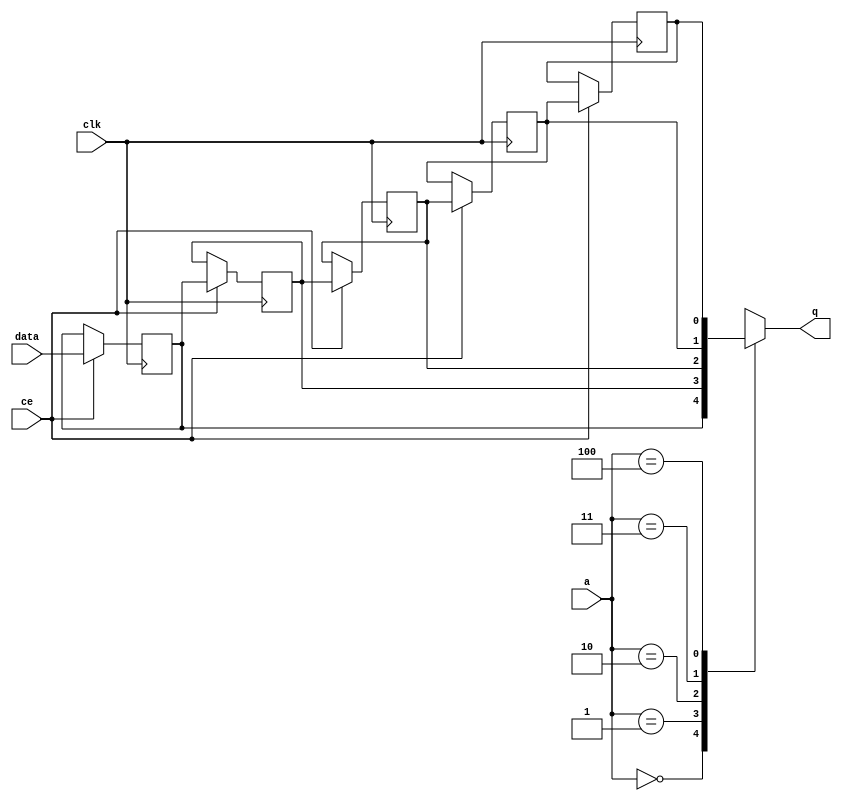
// ==============================================================
// File generated by Vivado(TM) HLS - High-Level Synthesis from C, C++ and SystemC
// Version: 2017.4.op
// Copyright (C) 1986-2018 Xilinx, Inc. All Rights Reserved.
// 
// ==============================================================


`timescale 1 ns / 1 ps

module start_for_pcie_read_resp_multiplexer_U0_shiftReg (
    clk,
    data,
    ce,
    a,
    q);

parameter DATA_WIDTH = 32'd1;
parameter ADDR_WIDTH = 32'd3;
parameter DEPTH = 32'd5;

input clk;
input [DATA_WIDTH-1:0] data;
input ce;
input [ADDR_WIDTH-1:0] a;
output [DATA_WIDTH-1:0] q;

reg[DATA_WIDTH-1:0] SRL_SIG [0:DEPTH-1];
integer i;

always @ (posedge clk)
    begin
        if (ce)
        begin
            for (i=0;i<DEPTH-1;i=i+1)
                SRL_SIG[i+1] <= SRL_SIG[i];
            SRL_SIG[0] <= data;
        end
    end

assign q = SRL_SIG[a];

endmodule

module start_for_pcie_read_resp_multiplexer_U0 (
    clk,
    reset,
    if_empty_n,
    if_read_ce,
    if_read,
    if_dout,
    if_full_n,
    if_write_ce,
    if_write,
    if_din);

parameter MEM_STYLE   = "shiftreg";
parameter DATA_WIDTH  = 32'd1;
parameter ADDR_WIDTH  = 32'd3;
parameter DEPTH       = 32'd5;

input clk;
input reset;
output if_empty_n;
input if_read_ce;
input if_read;
output[DATA_WIDTH - 1:0] if_dout;
output if_full_n;
input if_write_ce;
input if_write;
input[DATA_WIDTH - 1:0] if_din;

wire[ADDR_WIDTH - 1:0] shiftReg_addr ;
wire[DATA_WIDTH - 1:0] shiftReg_data, shiftReg_q;
wire                     shiftReg_ce;
reg[ADDR_WIDTH:0] mOutPtr = {(ADDR_WIDTH+1){1'b1}};
reg internal_empty_n = 0, internal_full_n = 1;

assign if_empty_n = internal_empty_n;
assign if_full_n = internal_full_n;
assign shiftReg_data = if_din;
assign if_dout = shiftReg_q;

always @ (posedge clk) begin
    if (reset == 1'b1)
    begin
        mOutPtr <= ~{ADDR_WIDTH+1{1'b0}};
        internal_empty_n <= 1'b0;
        internal_full_n <= 1'b1;
    end
    else begin
        if (((if_read & if_read_ce) == 1 & internal_empty_n == 1) && 
            ((if_write & if_write_ce) == 0 | internal_full_n == 0))
        begin
            mOutPtr <= mOutPtr - 1;
            if (mOutPtr == 0)
                internal_empty_n <= 1'b0;
            internal_full_n <= 1'b1;
        end 
        else if (((if_read & if_read_ce) == 0 | internal_empty_n == 0) && 
            ((if_write & if_write_ce) == 1 & internal_full_n == 1))
        begin
            mOutPtr <= mOutPtr + 1;
            internal_empty_n <= 1'b1;
            if (mOutPtr == DEPTH - 2)
                internal_full_n <= 1'b0;
        end 
    end
end

assign shiftReg_addr = mOutPtr[ADDR_WIDTH] == 1'b0 ? mOutPtr[ADDR_WIDTH-1:0]:{ADDR_WIDTH{1'b0}};
assign shiftReg_ce = (if_write & if_write_ce) & internal_full_n;

start_for_pcie_read_resp_multiplexer_U0_shiftReg 
#(
    .DATA_WIDTH(DATA_WIDTH),
    .ADDR_WIDTH(ADDR_WIDTH),
    .DEPTH(DEPTH))
U_start_for_pcie_read_resp_multiplexer_U0_ram (
    .clk(clk),
    .data(shiftReg_data),
    .ce(shiftReg_ce),
    .a(shiftReg_addr),
    .q(shiftReg_q));

endmodule